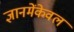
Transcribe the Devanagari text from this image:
ज्ञानमेंकेवल